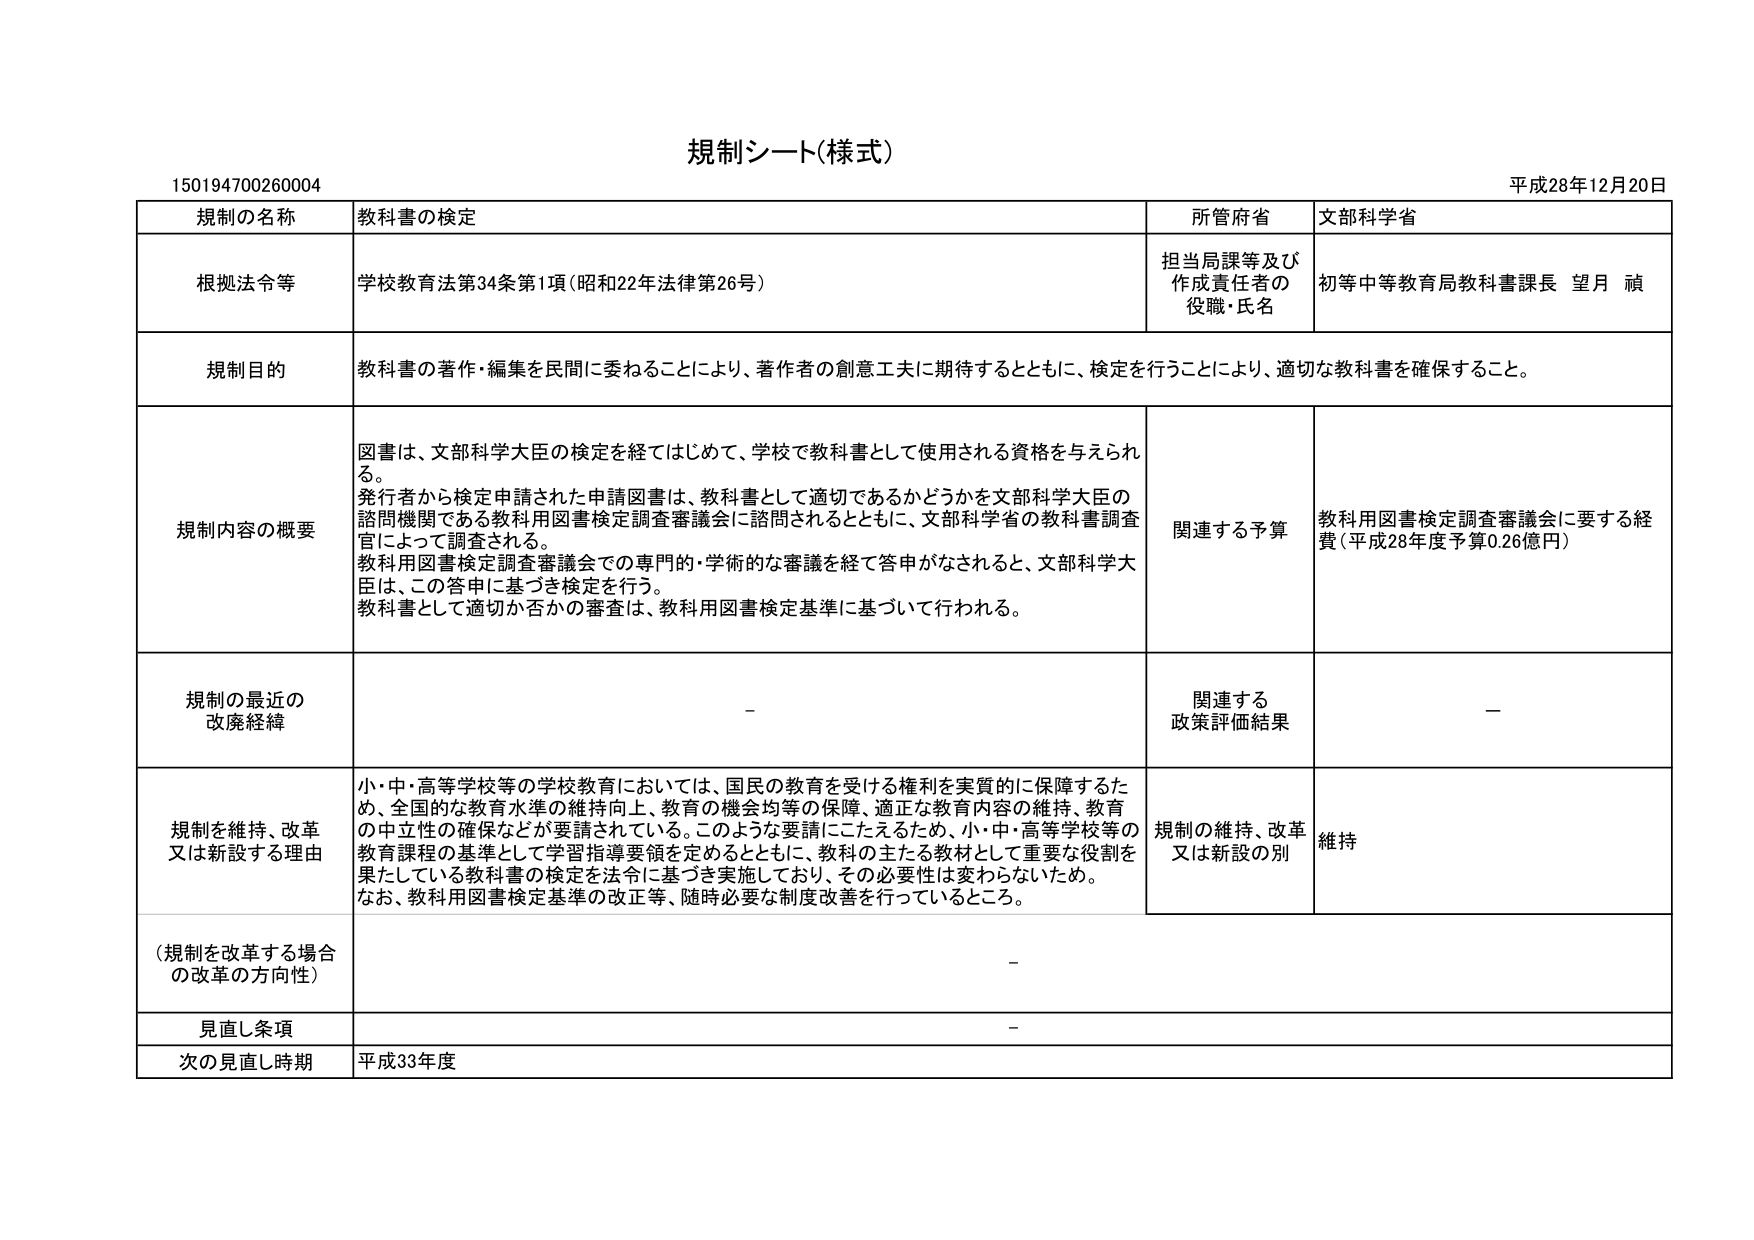
規制シート(様式)

150194700260004

平成28年12月20日

規制の名称 教科書の検定

所管府省 文部科学省

根拠法令等 学校教育法第34条第1項（昭和22年法律第26号）

担当局課等及び 作成責任者の 役職・氏名 初等中等教育局教科書課長 望月 碩

規制目的 教科書の著作・編集を民間に委ねることにより、著作者の創意工夫に期待するとともに、検定を行うことにより、適切な教科書を確保すること。

規制内容の概要 図書は、文部科学大臣の検定を経てはじめて、学校で教科書として使用される資格を与えられる。発行者から検定申請された申請図書は、教科書として適切であるかどうかを文部科学大臣の諮問機関である教科用図書検定調査審議会に諮問されるとともに、文部科学省の教科書調査官によって調査される。教科用図書検定調査審議会での専門的・学術的な審議を経て答申がなされると、文部科学大臣は、この答申に基づき検定を行う。教科書として適切か否かの審査は、教科用図書検定基準に基づいて行われる。

関連する予算 教科用図書検定調査審議会に要する経費（平成28年度予算0.26億円）

規制の最近の 改廃経緯 －

関連する 政策評価結果 －

規制を維持、改革 又は新設する理由 小・中・高等学校等の学校教育においては、国民の教育を受ける権利を実質的に保障するため、全国的な教育水準の維持向上、教育の機会均等の保障、適正な教育内容の維持、教育の中立性の確保などが要請されている。このような要請にこたえるため、小・中・高等学校等の教育課程の基準として学習指導要領を定めるとともに、教科の主たる教材として重要な役割を果たしている教科書の検定を法令に基づき実施しており、その必要性は変わらないため。なお、教科用図書検定基準の改正等、随時必要な制度改善を行っているところ。

規制の維持、改革 又は新設の別 維持

（規制を改革する場合 の改革の方向性） －

見直し条項 －

次の見直し時期 平成33年度